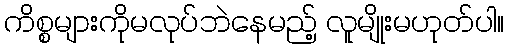
ကိစ္စများကိုမလုပ်ဘဲနေမည့် လူမျိုးမဟုတ်ပါ။